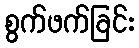
စွက်ဖက်ခြင်း